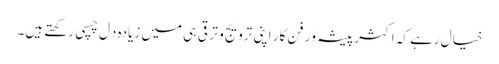
خیال رہے کہ اکثر پیشہ وَر فن کار اپنی ترویج و ترقّی ہی میں زیادہ دِل چسپی رکھتے ہیں۔